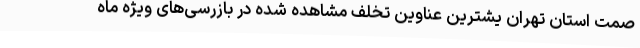
صمت استان تهران یشترین عناوین تخلف مشاهده شده در بازرسی‌های ویژه ماه